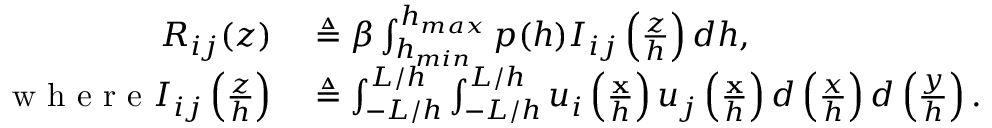
\begin{array} { r l } { R _ { i j } ( z ) } & { { } \triangleq \beta \int _ { h _ { m i n } } ^ { h _ { m a x } } p ( h ) I _ { i j } \left( \frac { z } { h } \right) d h , } \\ { \textrm { w h e r e } I _ { i j } \left( \frac { z } { h } \right) } & { { } \triangleq \int _ { - L / h } ^ { L / h } \int _ { - L / h } ^ { L / h } u _ { i } \left( \frac { \mathbf { x } } { h } \right) u _ { j } \left( \frac { \mathbf { x } } { h } \right) d \left( \frac { x } { h } \right) d \left( \frac { y } { h } \right) . } \end{array}